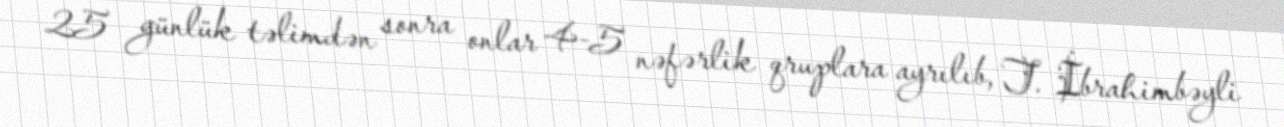
25 günlük təlimdən sonra onlar 4-5 nəfərlik qruplara ayrılıb, T. İbrahimbəyli